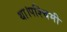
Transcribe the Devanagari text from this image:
था।पश्चिमी